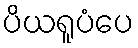
ပိယရူပံပေ